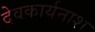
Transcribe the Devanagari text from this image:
देवकार्यनाश